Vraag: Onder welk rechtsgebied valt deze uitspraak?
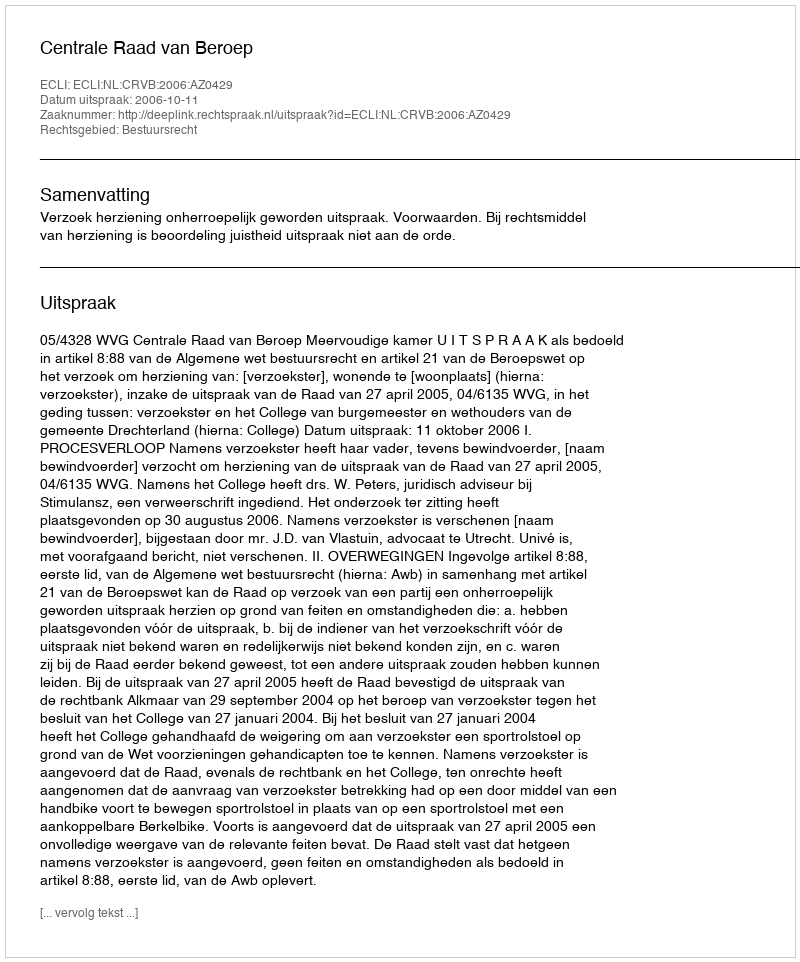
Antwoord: Bestuursrecht